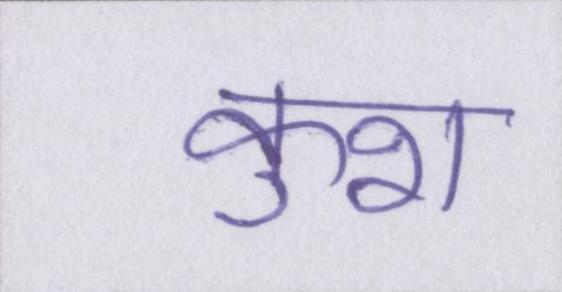
कुश